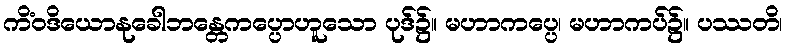
ကိံဝဒိယောနုခေါဘန္တေကပ္ပောဟူသော ပုဒ်၌။ မဟာကပ္ပေ၊ မဟာကပ်၌။ ပဿတိ၊